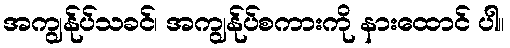
အကျွန်ုပ်သခင်၊ အကျွန်ုပ်စကားကို နားထောင် ပါ။